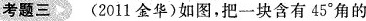
考题三 (2011金华)如图，把一块含有45°角的